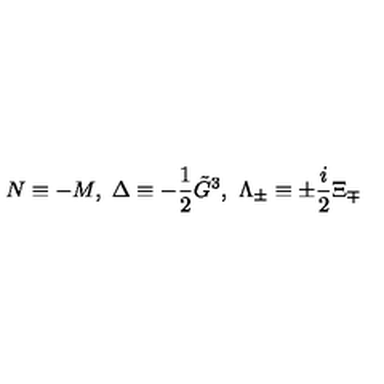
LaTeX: N \equiv - M , \ \Delta \equiv - \frac 1 2 \tilde { G } ^ { 3 } , \ \Lambda _ { \pm } \equiv \pm \frac i 2 \Xi _ { \mp }